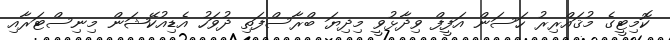
ކޮމިޓީގެ މުޤައްރިރު ހަސަން އަފީފް ވިދާޅުވީ މިދިޔަ ބްރާސްފަތި ދުވަހު އެޑިއުކޭޝަން މިނިސްޓަރާއި